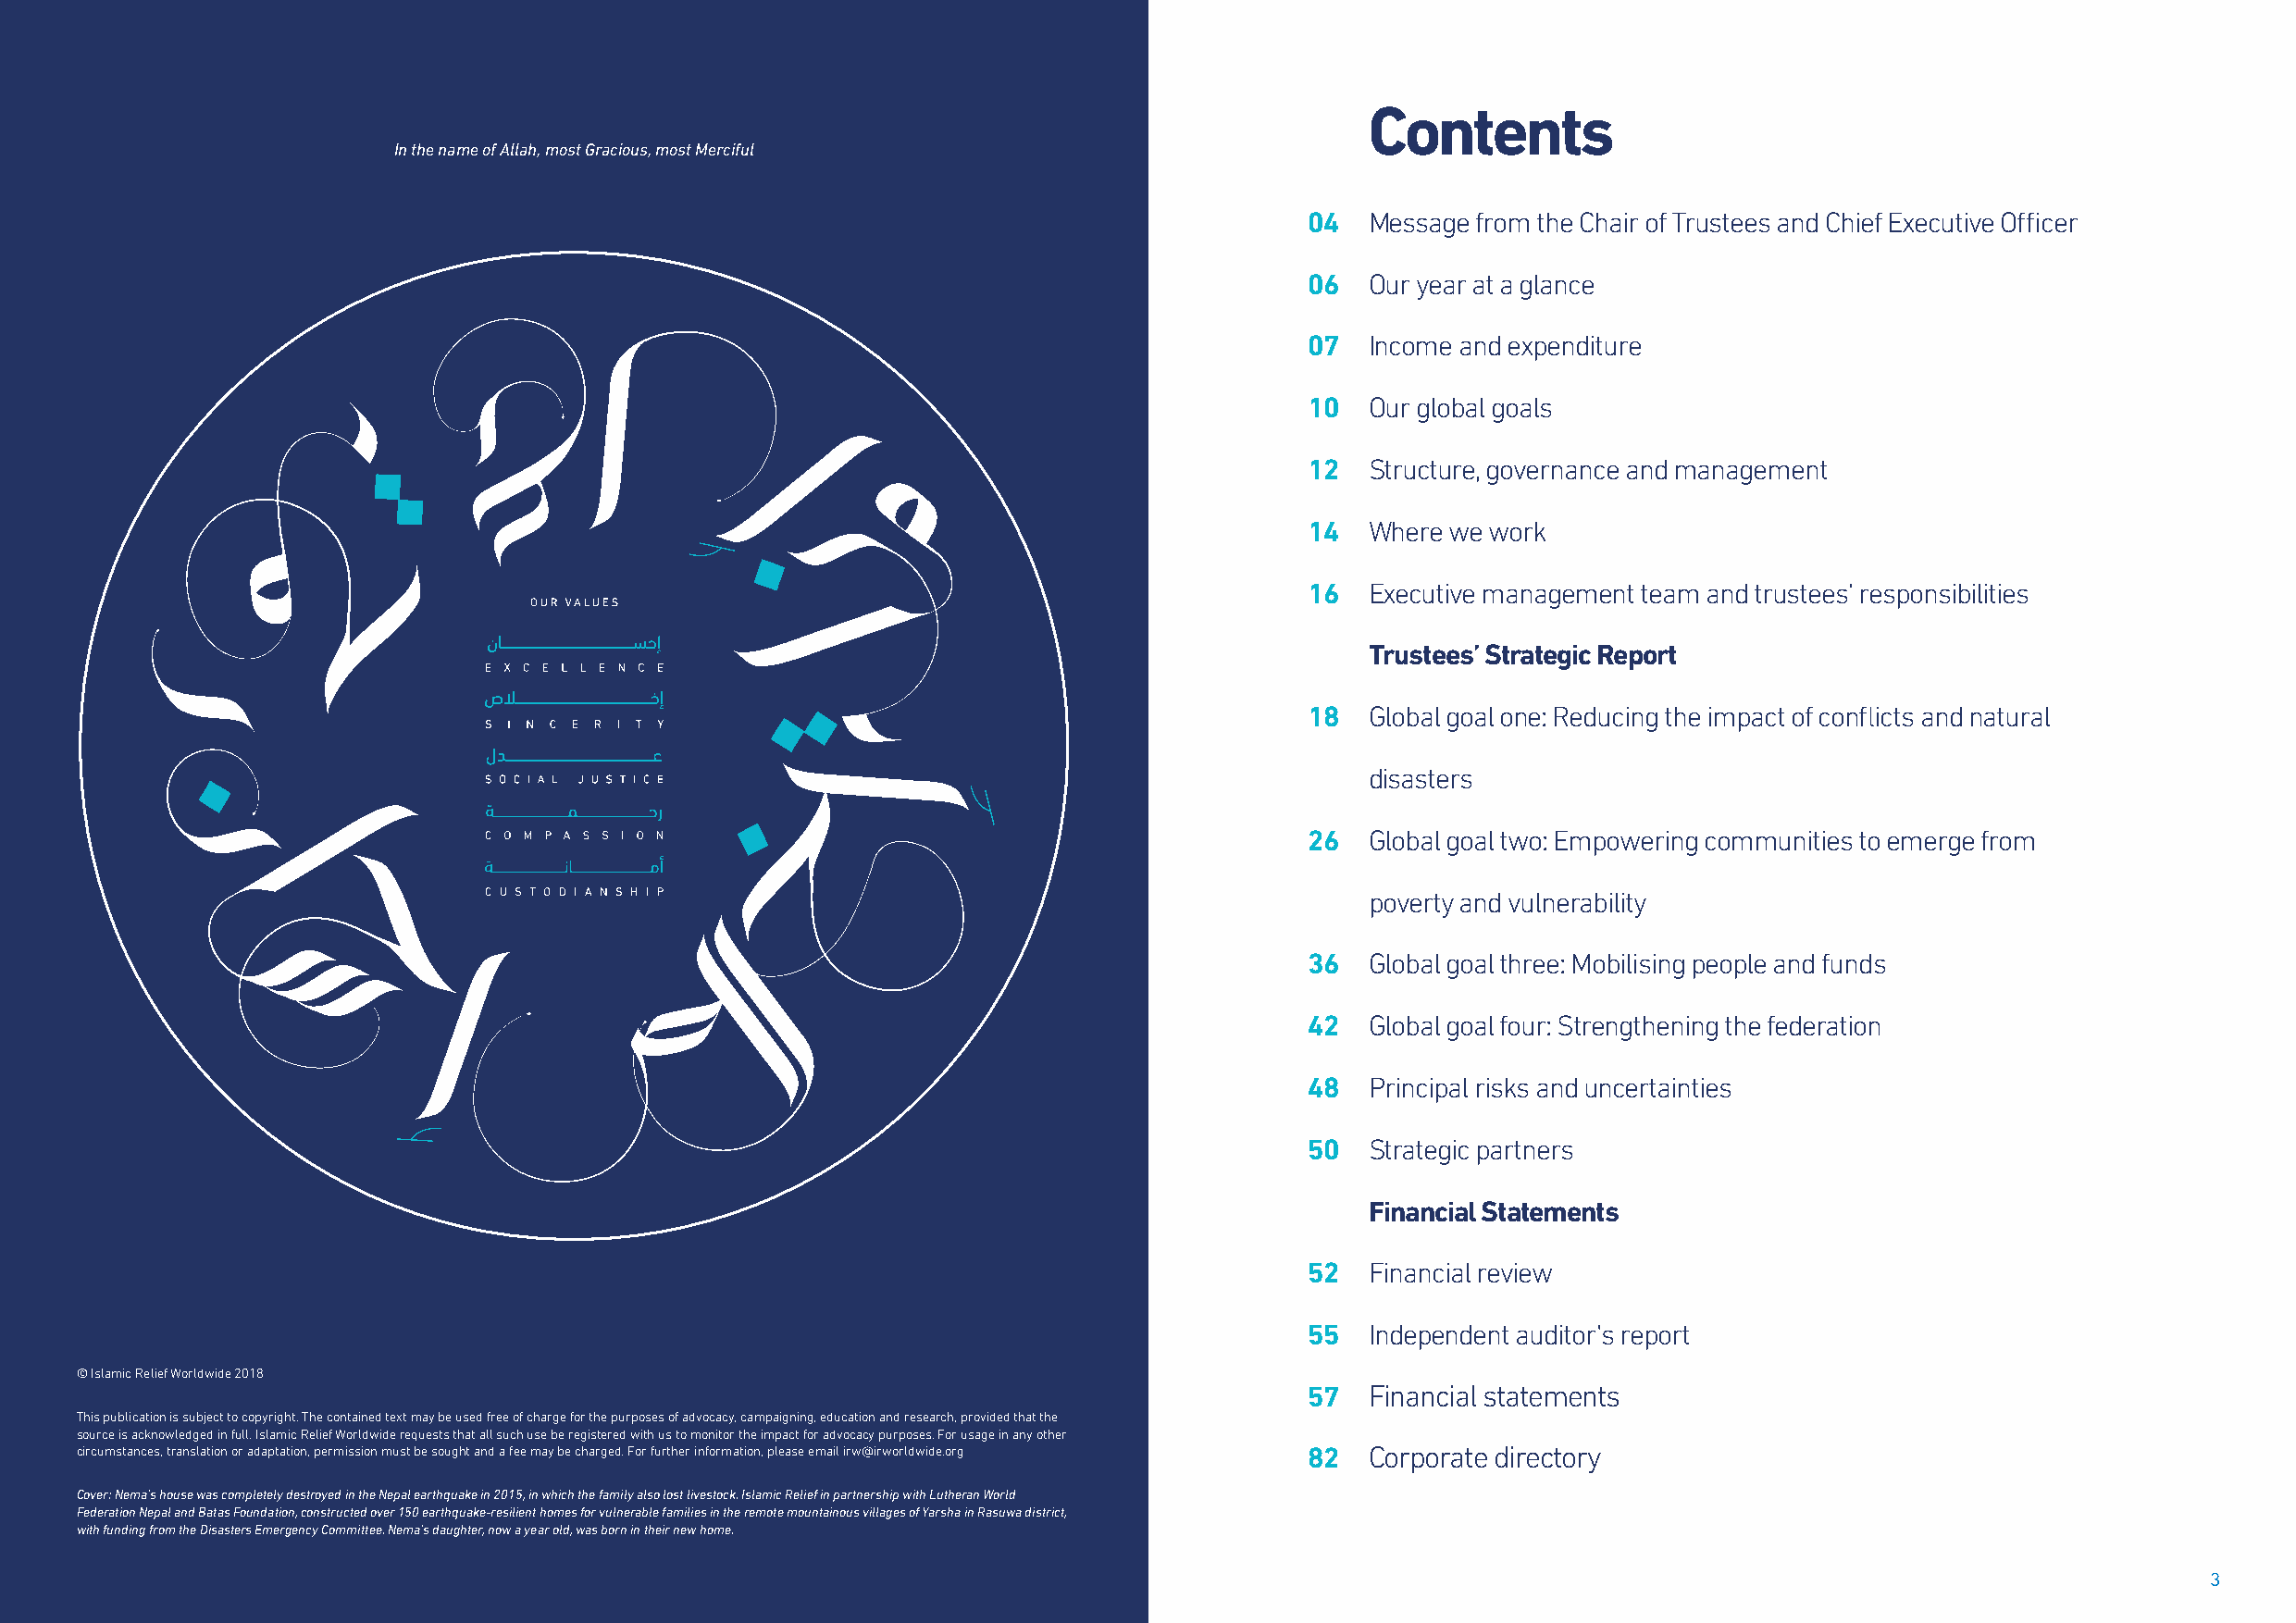
Contents
 In the name of Allah, most Gracious, most Merciful
 04  Message from the Chair of Trustees and Chief Executive Officer
 06  Our year at a glance
 07  Income and expenditure
 10  Our global goals
 12  Structure, governance and management
 14  Where we work
 16  Executive management team and trustees’ responsibilities
 Trustees’ Strategic Report
 18  Global goal one: Reducing the impact of conflicts and natural
 disasters
 26  Global goal two: Empowering communities to emerge from
 poverty and vulnerability
 36  Global goal three: Mobilising people and funds
 42  Global goal four: Strengthening the federation
 48  Principal risks and uncertainties
 50  Strategic partners
 Financial Statements
 52  Financial review
 55  Independent auditor's report
 © Islamic Relief Worldwide 2018
 57  Financial statements
 This publication is subject to copyright. The contained text may be used free of charge for the purposes of advocacy, campaigning, education and research, provided that the
 source is acknowledged in full. Islamic Relief Worldwide requests that all such use be registered with us to monitor the impact for advocacy purposes. For usage in any other
 circumstances, translation or adaptation, permission must be sought and a fee may be charged. For further information, please email irw@irworldwide.org 82 Corporate directory
 Cover: Nema’s house was completely destroyed in the Nepal earthquake in 2015, in which the family also lost livestock. Islamic Relief in partnership with Lutheran World
 Federation Nepal and Batas Foundation, constructed over 150 earthquake-resilient homes for vulnerable families in the remote mountainous villages of Yarsha in Rasuwa district,
 with funding from the Disasters Emergency Committee. Nema’s daughter, now a year old, was born in their new home.
 2                                                                                                                                                        3